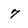
Character: 7